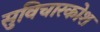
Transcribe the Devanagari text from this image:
सुविचारकोश